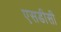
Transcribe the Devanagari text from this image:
एसडीसी